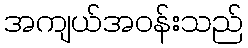
အကျယ်အဝန်းသည်